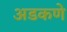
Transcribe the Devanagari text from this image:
अडकणे